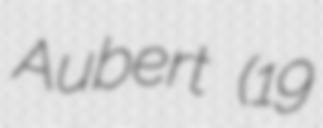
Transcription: Aubert (19